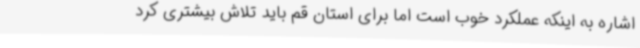
اشاره به اینکه عملکرد خوب است اما برای استان قم باید تلاش بیشتری کرد